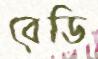
বেডি